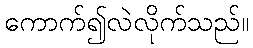
ကောက်၍လဲလိုက်သည်။